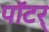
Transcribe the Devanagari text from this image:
पॉटर्